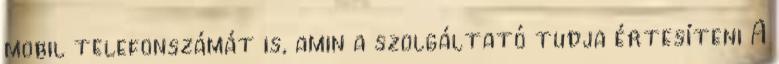
mobil telefonszámát is, amin a szolgáltató tudja értesíteni A